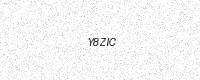
Text: Y8ZIC